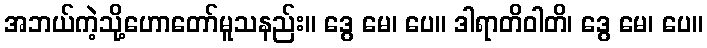
အဘယ်ကဲ့သို့ဟောတော်မူသနည်း။ ဒွေ မေ၊ ပေ။ ဒါရာတိဝါတိ၊ ဒွေ မေ၊ ပေ။